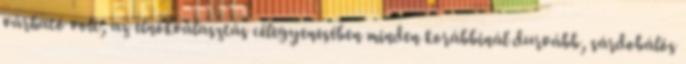
várható volt, az elnökválasztás célegyenesében minden korábbinál durvább, sárdobálós